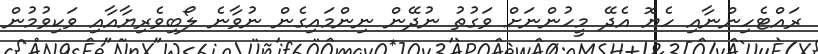
ރައްޓެހިންނާއި ހެޔޮ އެދޭ މީހުންނަށް ވަގުތު ނުދޭން ނިންމައިގެން ނުވާނެ ލޯބިވެރިޔާއާއި ވަކިވުމުން